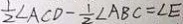
\frac { 1 } { 2 } \angle A C D - \frac { 1 } { 2 } \angle A B C = \angle E